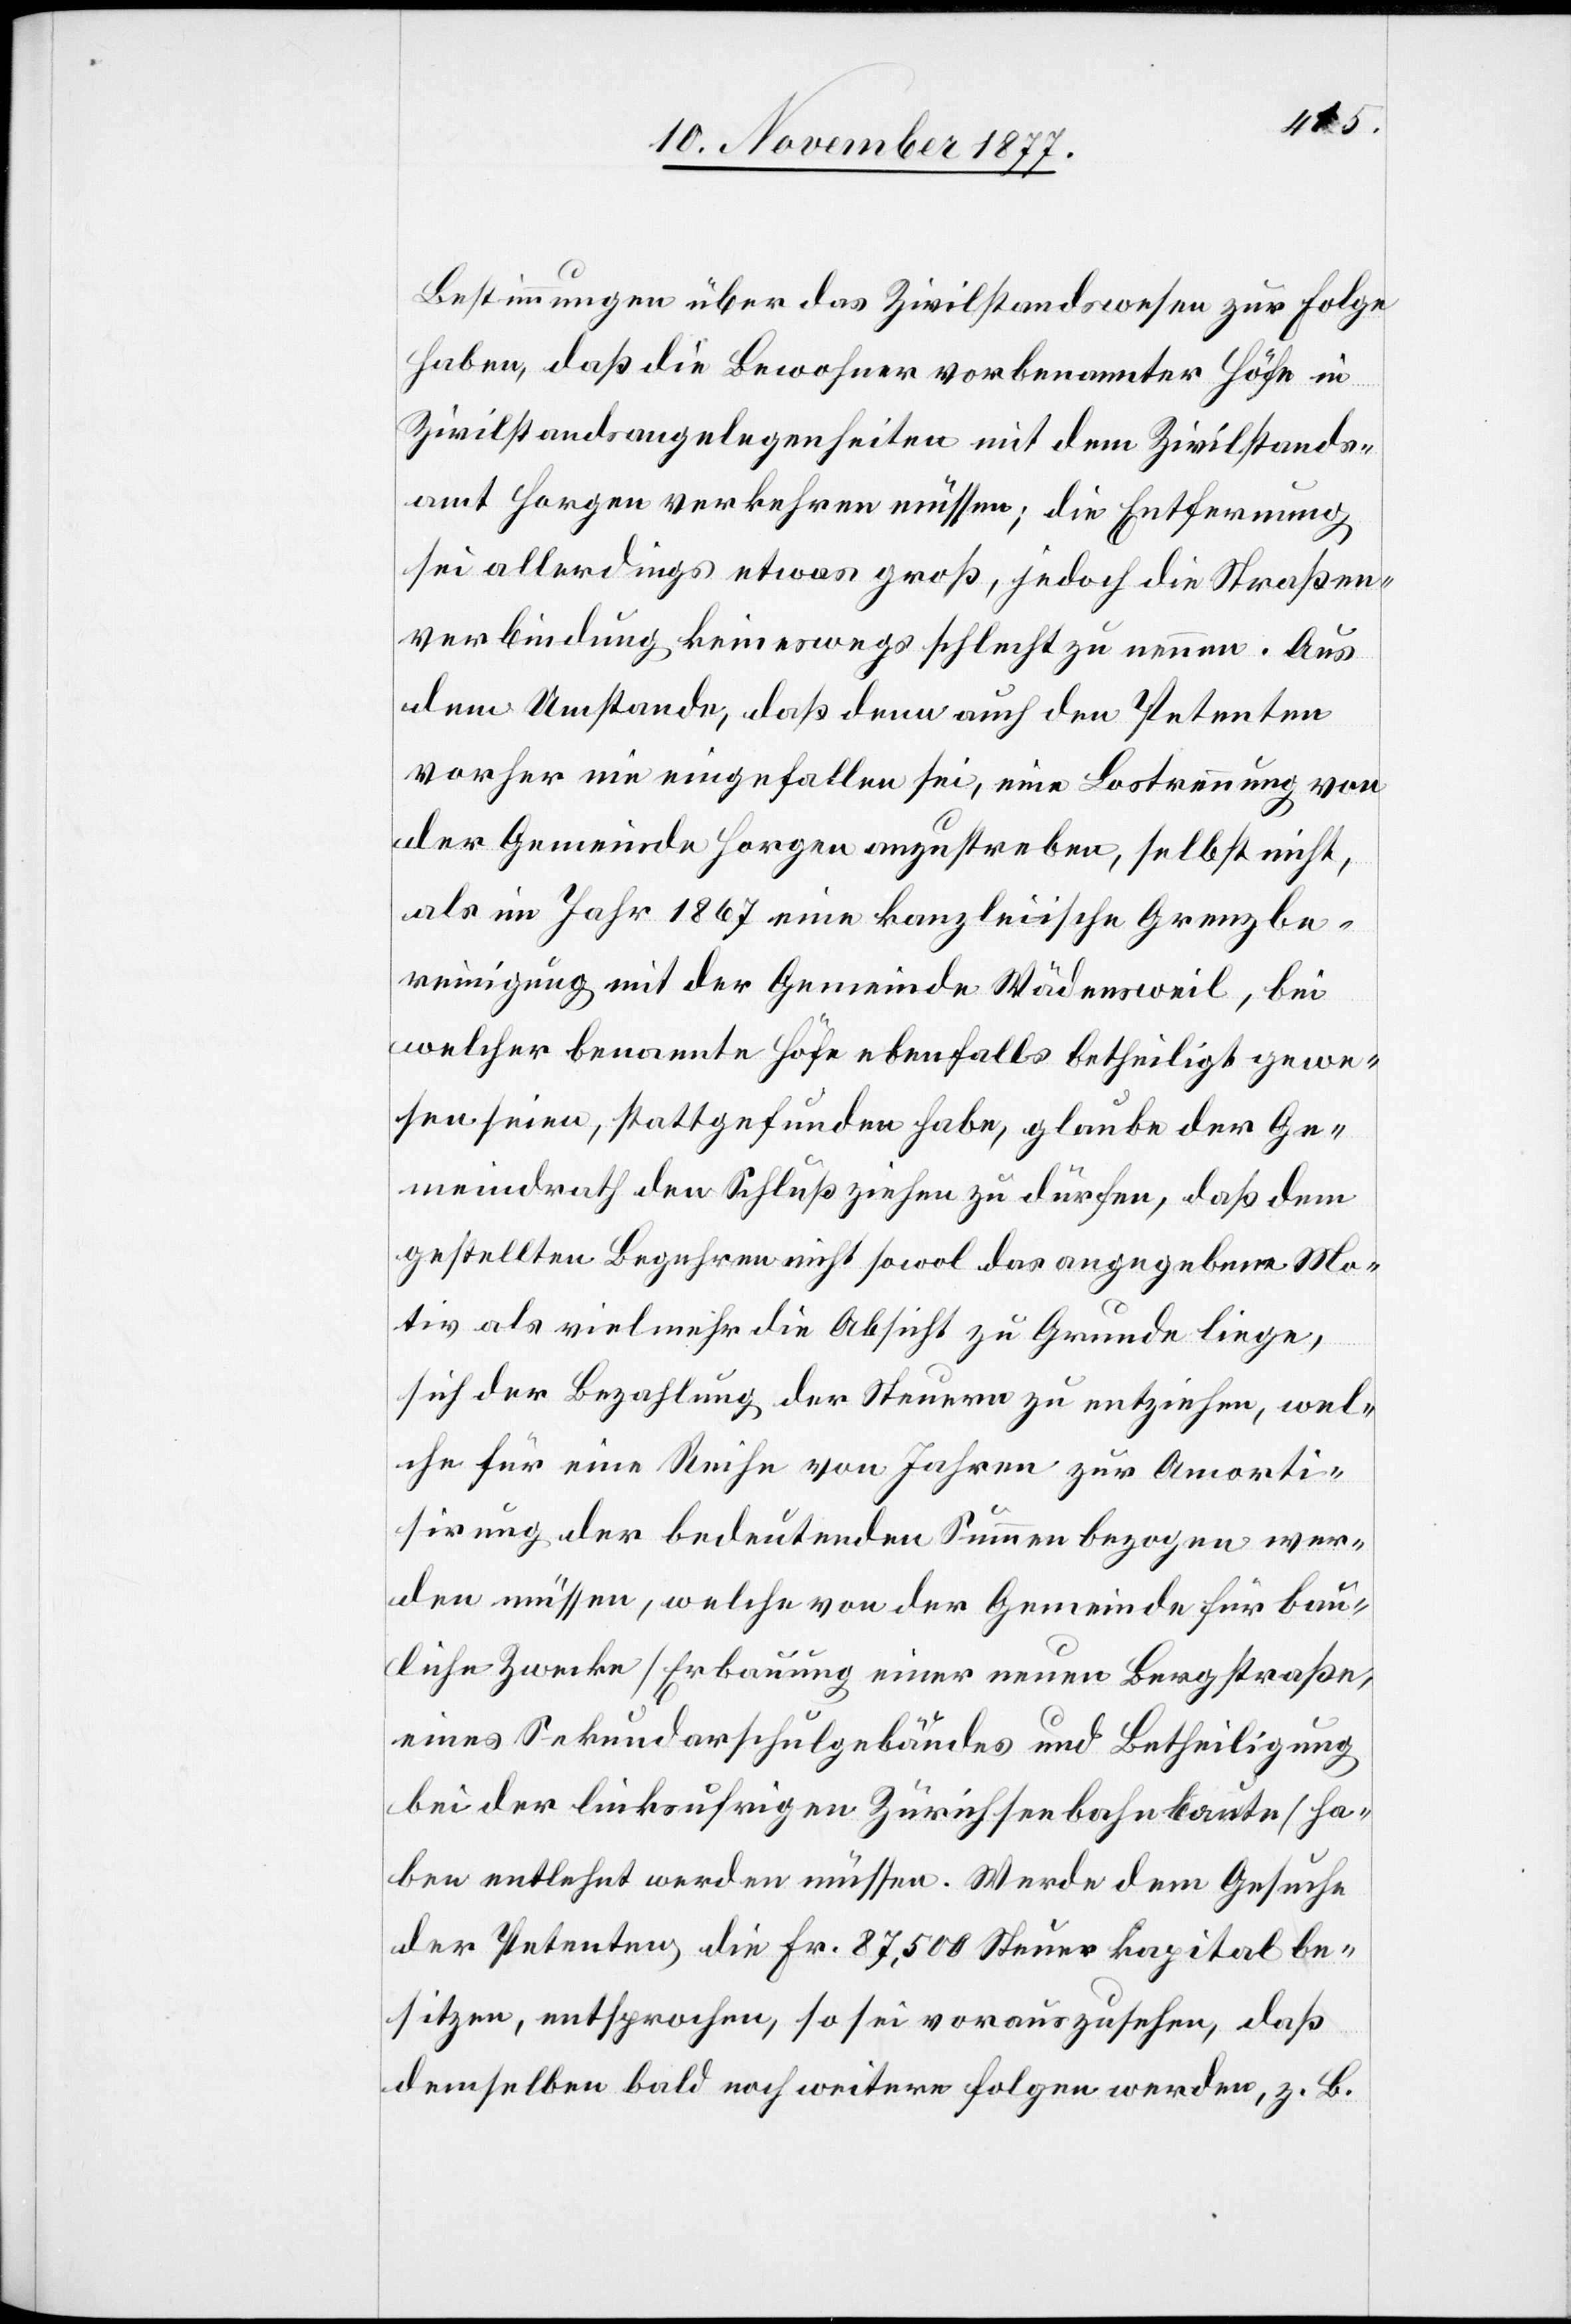
Bestimmungen über das Zivilstandswesen zur Folge
haben, daß die Bewohner vorbenannter Höfe in
Zivilstandsangelegenheiten mit dem Zivilstands¬
amt Horgen verkehren müssen; die Entfernung
sei allerdings etwas groß, jedoch die Straßen¬
verbindung keineswegs schlecht zu nennen. Aus
dem Umstande, daß denn auch den Petenten
vorher nie eingefallen sei, eine Lostrennung von
der Gemeinde Horgen anzustreben, selbst nicht,
als im Jahr 1867 eine kanzleiische Grenzbe¬
reinigung mit der Gemeinde Wädensweil, bei
welcher benannte Höfe ebenfalls betheiligt gewe¬
sen seien, stattgefunden habe, glaube der Ge¬
meindrath den Schluß ziehen zu dürfen, daß dem
gestellten Begehren nicht sowol das angegebene Mo¬
tiv als vielmehr die Absicht zu Grunde liege,
sich der Bezahlung der Steuern zu entziehen, wel¬
che für eine Reihe von Jahren zur Amorti¬
sirung der bedeutenden Summen bezogen wer¬
den müssen, welche von der Gemeinde für bau¬
liche Zwecke [Erbauung einer neuen Bergstraße,
eines Sekundarschulgebäudes und Betheiligung
bei der linksufrigen Zürichseebahnbaute] ha¬
ben entlehnt werden müssen. Werde dem Gesuche
der Petenten, die Fr. 87,500 Steuerkapital be¬
sitzen, entsprochen, so sei vorauszusehen, daß
demselben bald noch weitere folgen werden, z. B.